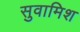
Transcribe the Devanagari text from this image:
सुवामिश